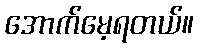
အောက်မေ့ရတယ်။